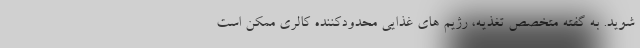
شوید. به گفته متخصص تغذیه، رژیم های غذایی محدودکننده کالری ممکن است